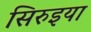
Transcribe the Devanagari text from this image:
सिरुइया